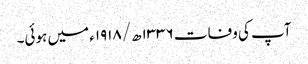
آپ کی وفات ۱۳۳۶ھ/۱۹۱۸ء میں ہوئی۔